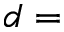
d =